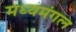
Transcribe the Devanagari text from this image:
मध्यमंगल